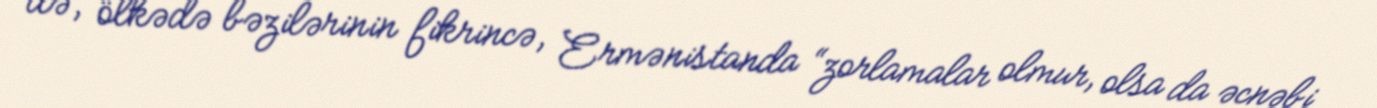
də, ölkədə bəzilərinin fikrincə, Ermənistanda “zorlamalar olmur, olsa da əcnəbi